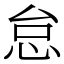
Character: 怠